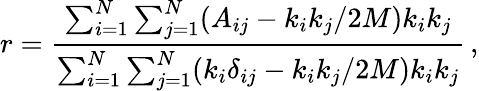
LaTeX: r=\frac{\sum_{i=1}^{N}\sum_{j=1}^{N}(A_{ij}-k_{i}k_{j}/2M)k_{i}k_{j}}{\sum_{i=1}^{N}\sum_{j=1}^{N}(k_{i}\delta_{ij}-k_{i}k_{j}/2M)k_{i}k_{j}}\, ,